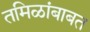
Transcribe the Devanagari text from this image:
तमिळांबाबत